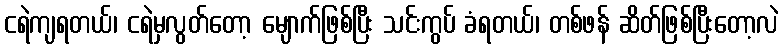
ငရဲကျရတယ်၊ ငရဲမှလွတ်တော့ မျောက်ဖြစ်ပြီး သင်းကွပ် ခံရတယ်၊ တစ်ဖန် ဆိတ်ဖြစ်ပြီးတော့လဲ